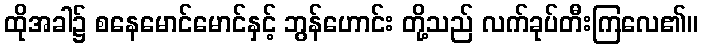
ထိုအခါ၌ စနေမောင်မောင်နှင့် ဘွန်ဟောင်း တို့သည် လက်ခုပ်တီးကြလေ၏။